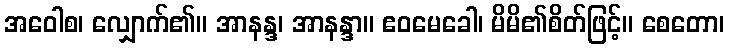
အဝေါစ၊ လျှောက်၏။ အာနန္ဒ၊ အာနန္ဒာ။ ဧဝမေခေါ၊ မိမိ၏စိတ်ဖြင့်။ စေတော၊